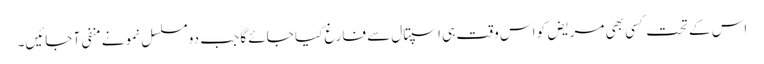
اس کے تحت کسی بھی مریض کو اس وقت ہی اسپتال سے فارغ کیا جائے گا جب دو مسلسل نمونے منفی آ جائیں۔